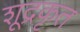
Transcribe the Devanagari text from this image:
शूद्रकृत